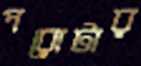
পরোটার